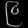
Digit: ၉